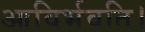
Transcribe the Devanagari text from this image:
आविर्भवति।